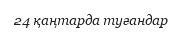
24 қаңтарда туғандар